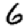
Digit: 6